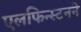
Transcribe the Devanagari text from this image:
एलफिन्स्टनने